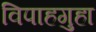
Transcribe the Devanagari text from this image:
विपाहगुहा